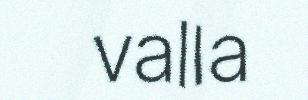
valla